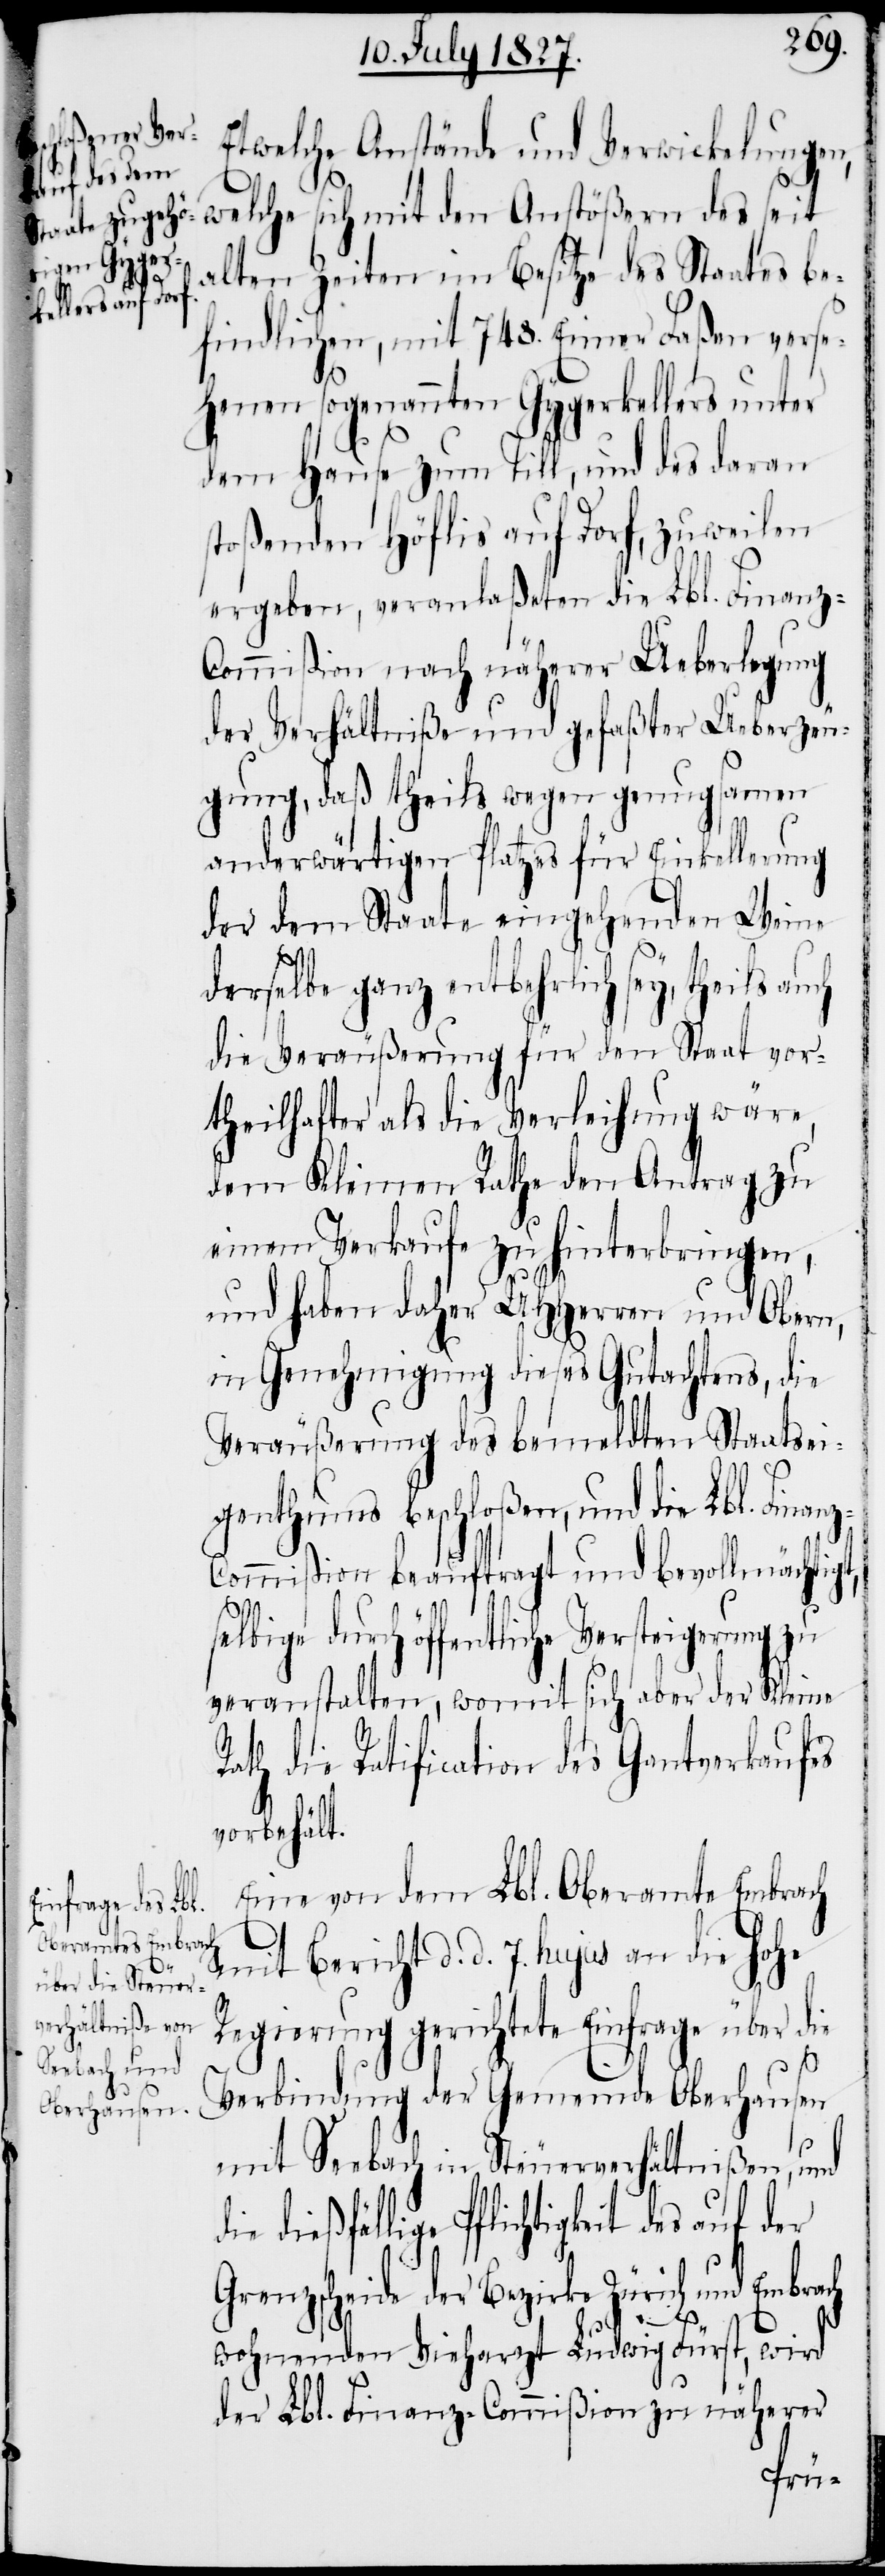
eilhafter sey

der

Etwelche Anstände und Verwickelungen,
welche sich mit den Anstößern des seit
alten Zeiten im Besitze des Staates be¬
findlichen, mit 748. Eimer Faßen verse¬
henen sogenannten Gygerkellers unter
dem Hause zum Till, und des daran
stoßenden Höflis auf Dorf, zuweilen
ergeben, veranlaßeten die Lbl. Finanz-C¬
ommißion nach näherer Ueberlegung
der Verhältniße und gefaßter Ueberzeu¬
gung, daß theils wegen genugsamen
anderwärtigen Platzes für Einkellerung
der dem Staate eingehenden Weine
derselbe ganz entbehrlich sey, theils au¬
die Veräußerung für den Staat vorth¬
dem Kleinen Rathe den Antrag zu
einem Verkaufe zu hinterbringen,
und haben daher UHHerren und Obern,
in Genehmigung dieses Gutachtens, die
Veräußerung des bemeldten Staatsei¬
genthums beschloßen, und die
ommißion beauftragt und bevollmächtigt,
selbige durch öffentliche Versteigerung zu
veranstalten, womit sich aber der Kleine
Rath die Ratification des Gantverkaufes
vorbehält.
Eine von dem Lbl. Oberamte Embrach
mit Bericht d. d. 7. hujus an die hohe
Regierung gerichtete Einfrage über die
Verbindung der Gemeinde Oberhausen
mit Seebach in Steuerverhältnißen, und
ie dießfällige Pflichtigkeit des
Grenzscheide der Bezirke Zürich und Embrach
wohnenden Vieharzt Ludwig Fürst, wird
der Lbl. Finanz-Commißion zu näherer